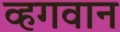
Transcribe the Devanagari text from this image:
व्हगवान